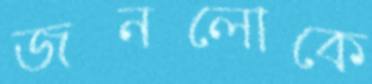
জনলোকে